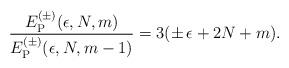
\begin{align*}{E_{\rm P}^{(\pm)}(\epsilon, N, m) \over E_{\rm P}^{(\pm)}(\epsilon, N,m-1)}=3(\pm \, \epsilon + 2 N + m).\end{align*}